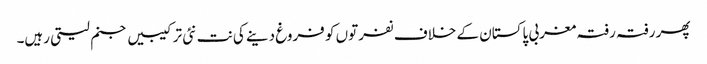
پھر رفتہ رفتہ مغربی پاکستان کے خلاف نفرتوں کو فروغ دینے کی نت نئی ترکیبیں جنم لیتی رہیں۔